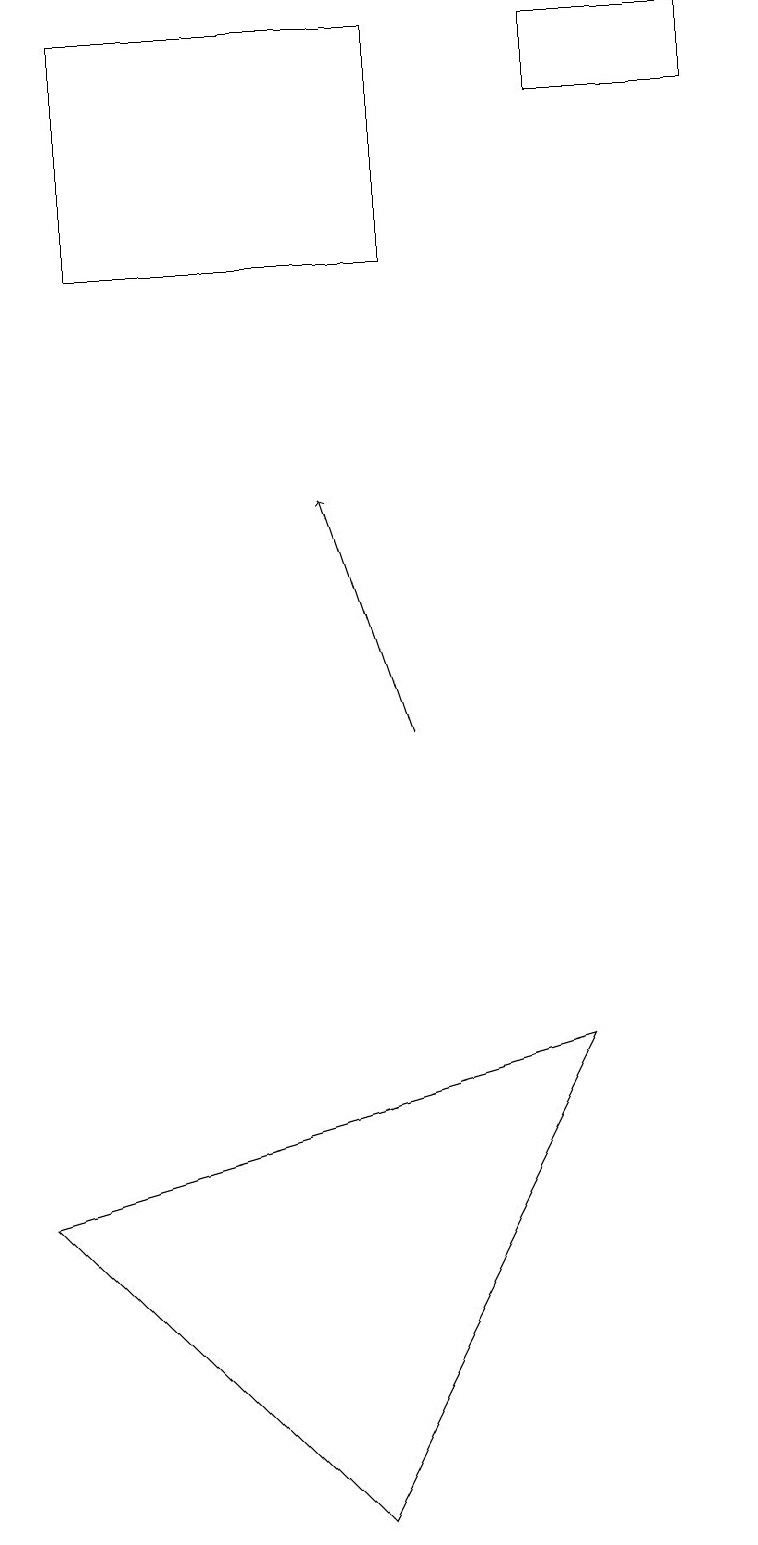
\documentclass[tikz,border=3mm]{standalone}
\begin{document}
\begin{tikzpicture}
\draw (9,18) rectangle (7,19);
\draw[->] (5,10) -- (4,13);
\draw (5,16) rectangle (1,19);
\draw (7,6) -- (0,4) -- (4,0) -- cycle;
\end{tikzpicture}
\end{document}